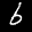
Label: 6